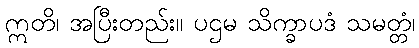
ဣတိ၊ အပြီးတည်း။ ပဌမ သိက္ခာပဒံ သမတ္တံ၊